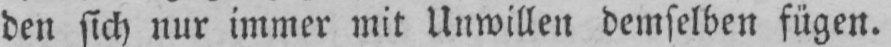
den sich nur immer mit Unwillen demselben fügen.